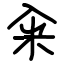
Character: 籴